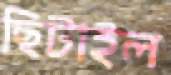
ছিটাইল